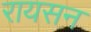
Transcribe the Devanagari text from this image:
रायसन